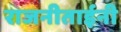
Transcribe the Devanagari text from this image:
राजनीताईनी